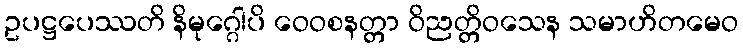
ဥပဋ္ဌပေဿတိ နိမုဂ္ဂေါပိ ဝေဝစနတ္တာ ဝိညတ္တိဝသေန သမာဟိတမေဝ